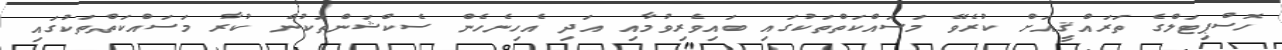
ހޮސްޕިޓަލްގެ ތަރައްޤީއަށް ކުރެވޭ މަސައްކަތްތަކުގައި ބައިވެރިވުމާއި އަދި އެހިނެހެން ސެކްޝަންތަކުން ކުރާ މަސައްކަތްތަކުގައި